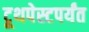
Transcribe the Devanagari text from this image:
टूथपेस्टपर्यंत